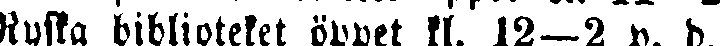
Ryska biblioteket öppet 11. 12—2 p. d.